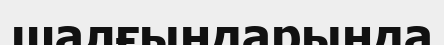
шалғындарында